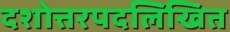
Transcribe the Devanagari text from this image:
दशोत्तरपदलिखित